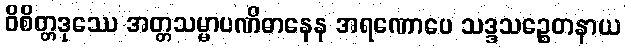
ဝိစိတ္တဒုဿေ အတ္တသမ္မာပဏိဓာနေန အရဏောပေ သဒ္ဒသဉ္စေတနာယ